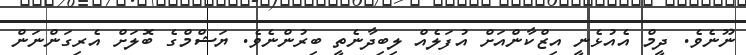
ނޫނެވެ. ދީމް އެއުޅެނީ އިޒްކާންއަށް އުފަލެއް ލިބިދާނެތީ ބިރުންނެވެ. ޔަޝްމްގެ ބޮލަށް އެރިގަންނަން